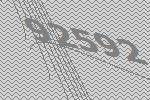
92592